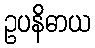
ဥပနိဓာယ